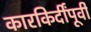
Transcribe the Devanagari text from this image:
कारकिर्दींपूर्वी